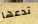
تدعها